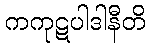
ကကုဋပါဒါနီတိ